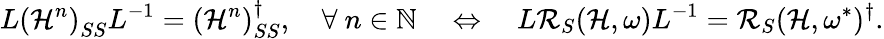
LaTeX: L\left(\mathcal{H}^{n}\right)_{SS}L^{-1}=\left(\mathcal{H}^{n}\right)_{SS}^{\dagger},\quad\forall\ n\in\mathbb{N}\quad\Leftrightarrow\quad L\mathcal{R}_{S}(\mathcal{H},\omega)L^{-1}=\mathcal{R}_{S}(\mathcal{H},\omega^{*})^{\dagger}.